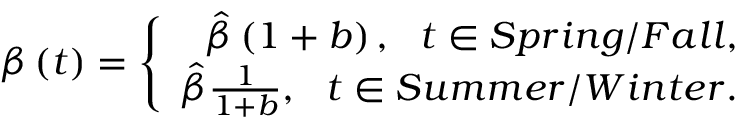
\beta \left( t \right) = \left\{ \begin{array} { r } { \hat { \beta } \left( 1 + b \right) , \ \ t \in S p r i n g / F a l l , } \\ { \hat { \beta } \frac { 1 } { 1 + b } , \ \ t \in S u m m e r / W i n t e r . } \end{array} \right.